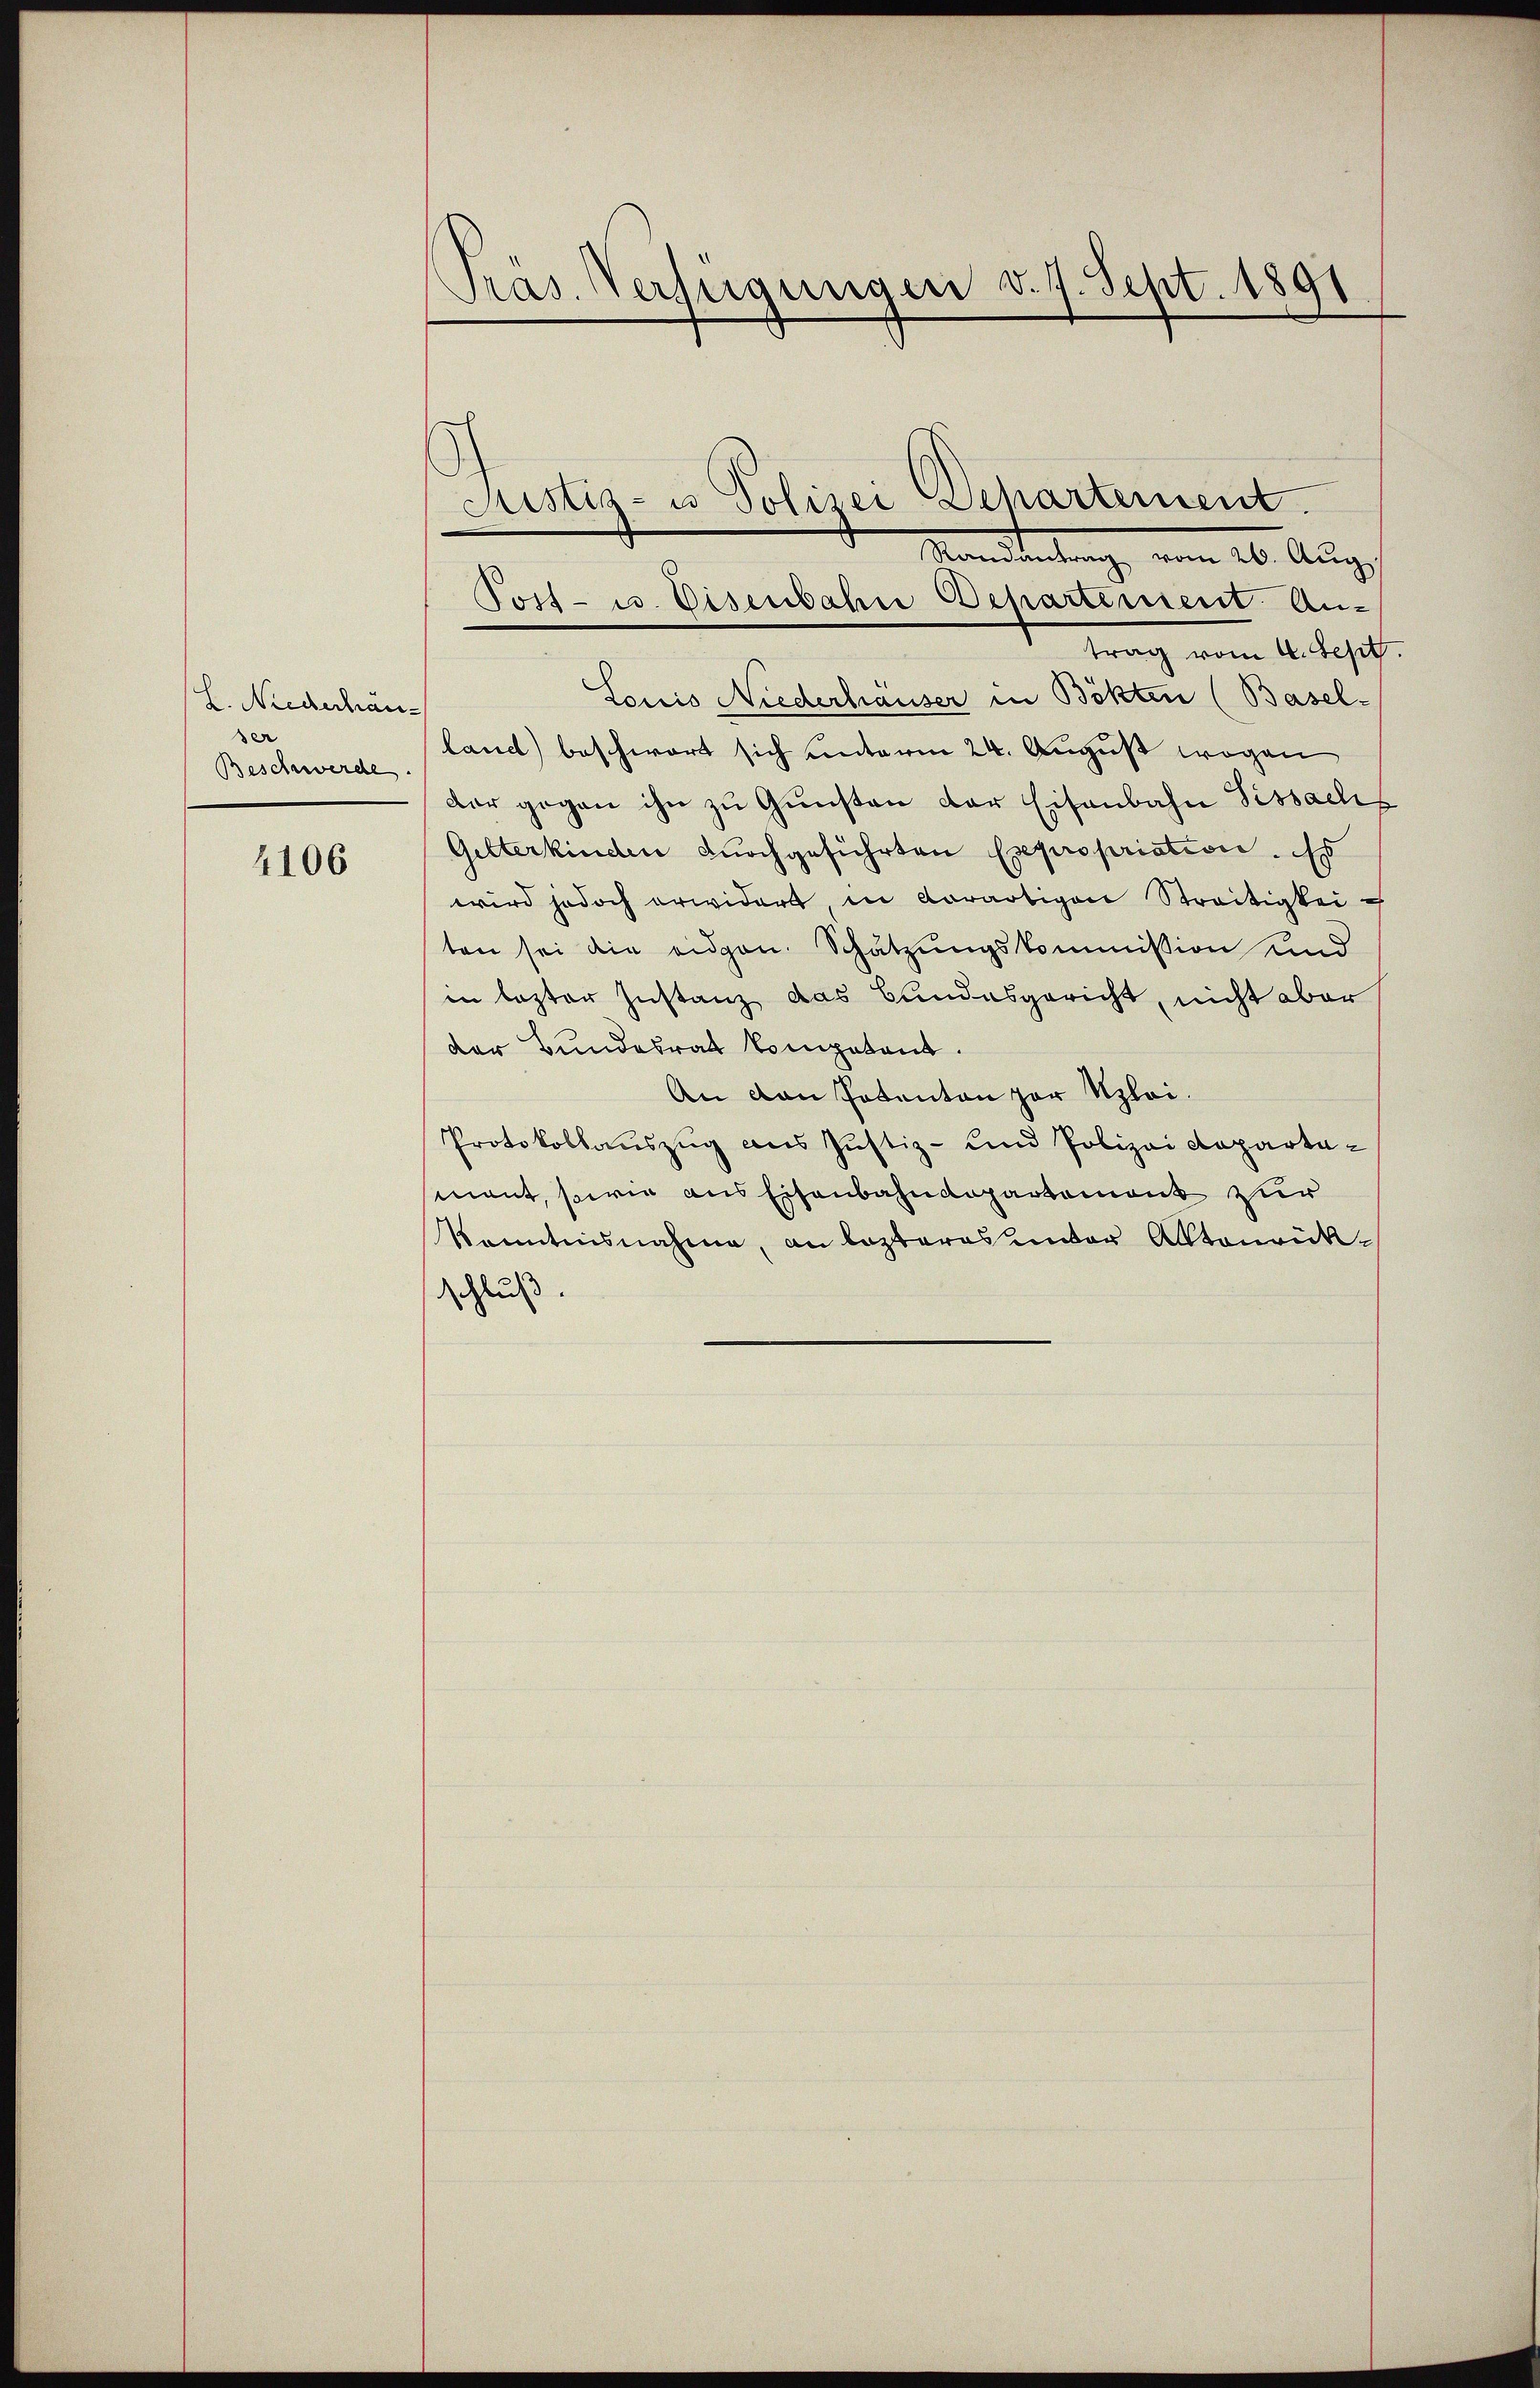
L. Niederhän
ser
Beschwerde.

4106

Pras. Verfügungen d. 7. Sept. 1891

Justiz- u Polizei Dehartement.
Randantrag vom 20. Aug.
Tost- u. Disenbahne Departiment An-
trag vom 4. Sept.
Louis Niederhauser in Bökten (Basel-
land) beschwart sich unterm 24. August wegen
der gegen ihn zu Gunsten der Eisenbahn Sissachs
Gitterkinden dŭrchgeführten Expropriation. Es
wird jedoch erwidert in Vorartigen Streitigkei
ten sei die eidgen. Schätzungskommission Kind
in lezter Instanz das Bundesgericht, nicht aber
der Bundesrat kompetent.
An den Potenton zur Klei¬
Protokollauszug aus Justiz- und Polizei Reparta-
mant, sowie aus Eisenbahndepartement zur
Kenntnisnahme, an lezteres unter Altourükschluß.